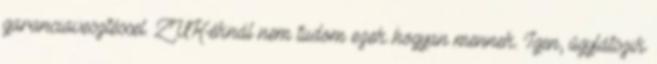
garanciavesztéssel. ZUK-éknál nem tudom ezek hogyan mennek. Igen, úgylátszik